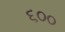
૬૦૦